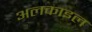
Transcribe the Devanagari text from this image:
अलकाइल